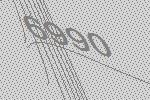
6990